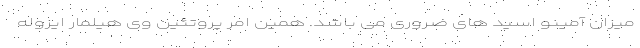
میزان آمینو اسید های ضروری می باشد. همین امر پروتئین وی هیلمار ایزوله